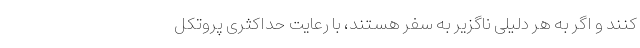
کنند و اگر به هر دلیلی ناگزیر به سفر هستند، با رعایت حداکثری پروتکل